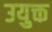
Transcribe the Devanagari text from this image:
उयुक्त